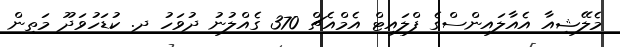
މެލޭޝިއާ އެއާލައިންސްގެ ފްލައިޓް އެމްއެޗް 370 ގެއްލުނު ދުވަހު ދ. ކުޑަހުވަދޫ މަތިން